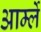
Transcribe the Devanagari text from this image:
आर्म्ले